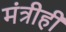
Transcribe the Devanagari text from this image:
मंत्रीही